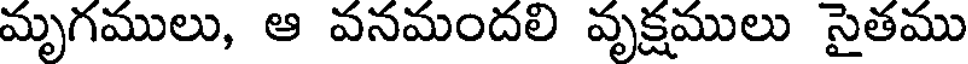
మృగములు, ఆ వనమందలి వృక్షములు సైతము